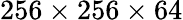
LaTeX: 256\times 256\times 64